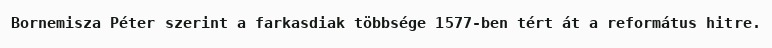
Bornemisza Péter szerint a farkasdiak többsége 1577-ben tért át a református hitre.